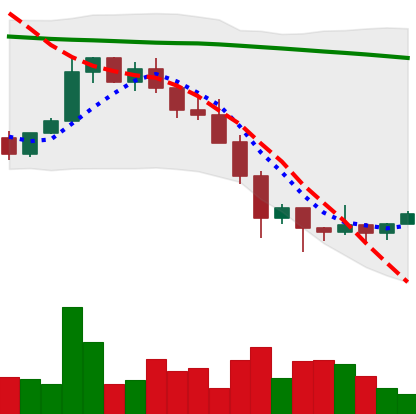
Ticker: XMR-USD
Chart end date: 2022-01-29
Forward return: -4.442%
Label: down_3_5